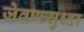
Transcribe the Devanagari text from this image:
जेवणसुध्दा